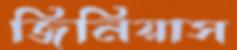
জিনিয়াস